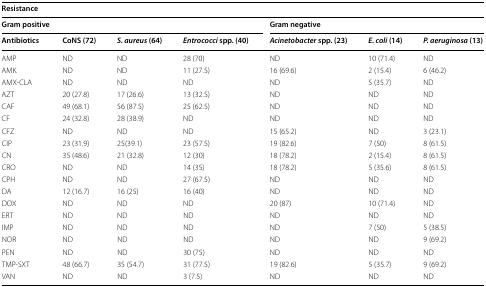
| <COLSPAN=7> Resistance |
 | <COLSPAN=4> Gram positive | <COLSPAN=3> Gram negative |
 | Antibiotics | CoNS (72) | S. aureus (64) | Entrococci spp. (40) | Acinetobacter spp. (23) | E. coli (14) | P. aeruginosa (13) |
 | --- | --- | --- | --- | --- | --- | --- |
 | AMP | ND | ND | 28 (70) | ND | 10 (71.4) | ND |
 | AMK | ND | ND | 11 (27.5) | 16 (69.6) | 2 (15.4) | 6 (46.2) |
 | AMX-CLA | ND | ND | ND | ND | 5 (35.7) | ND |
 | AZT | 20 (27.8) | 17 (26.6) | 13 (32.5) | ND | ND | ND |
 | CAF | 49 (68.1) | 56 (87.5) | 25 (62.5) | ND | ND | ND |
 | CF | 24 (32.8) | 28 (38.9) | ND | ND | ND | ND |
 | CFZ | ND | ND | ND | 15 (65.2) | ND | 3 (23.1) |
 | CIP | 23 (31.9) | 25(39.1) | 23 (57.5) | 19 (82.6) | 7 (50) | 8 (61.5) |
 | CN | 35 (48.6) | 21 (32.8) | 12 (30) | 18 (78.2) | 2 (15.4) | 8 (61.5) |
 | CRO | ND | ND | 14 (35) | 18 (78.2) | 5 (35.6) | 8 (61.5) |
 | CPH | ND | ND | 27 (67.5) | ND | ND | ND |
 | DA | 12 (16.7) | 16 (25) | 16 (40) | ND | ND | ND |
 | DOX | ND | ND | ND | 20 (87) | 10 (71.4) | ND |
 | ERT | ND | ND | ND | ND | ND | ND |
 | IMP | ND | ND | ND | ND | 7 (50) | 5 (38.5) |
 | NOR | ND | ND | ND | ND | ND | 9 (69.2) |
 | PEN | ND | ND | 30 (75) | ND | ND | ND |
 | TMP-SXT | 48 (66.7) | 35 (54.7) | 31 (77.5) | 19 (82.6) | 5 (35.7) | 9 (69.2) |
 | VAN | ND | ND | 3 (7.5) | ND | ND | ND |